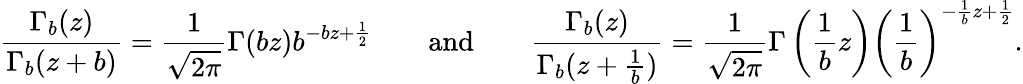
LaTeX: \frac{\Gamma_{b}(z)}{\Gamma_{b}(z+b)}=\frac{1}{\sqrt{2\pi}}\Gamma(bz)b^{-bz+\frac{1}{2}}\qquad\mathrm{and}\qquad\frac{\Gamma_{b}(z)}{\Gamma_{b}(z+\frac{1}{b})}=\frac{1}{\sqrt{2\pi}}\Gamma\left(\frac{1}{b}z\right)\left(\frac{1}{b}\right)^{-\frac{1}{b}z+\frac{1}{2}}.